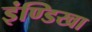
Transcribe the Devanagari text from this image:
इंण्डिखा